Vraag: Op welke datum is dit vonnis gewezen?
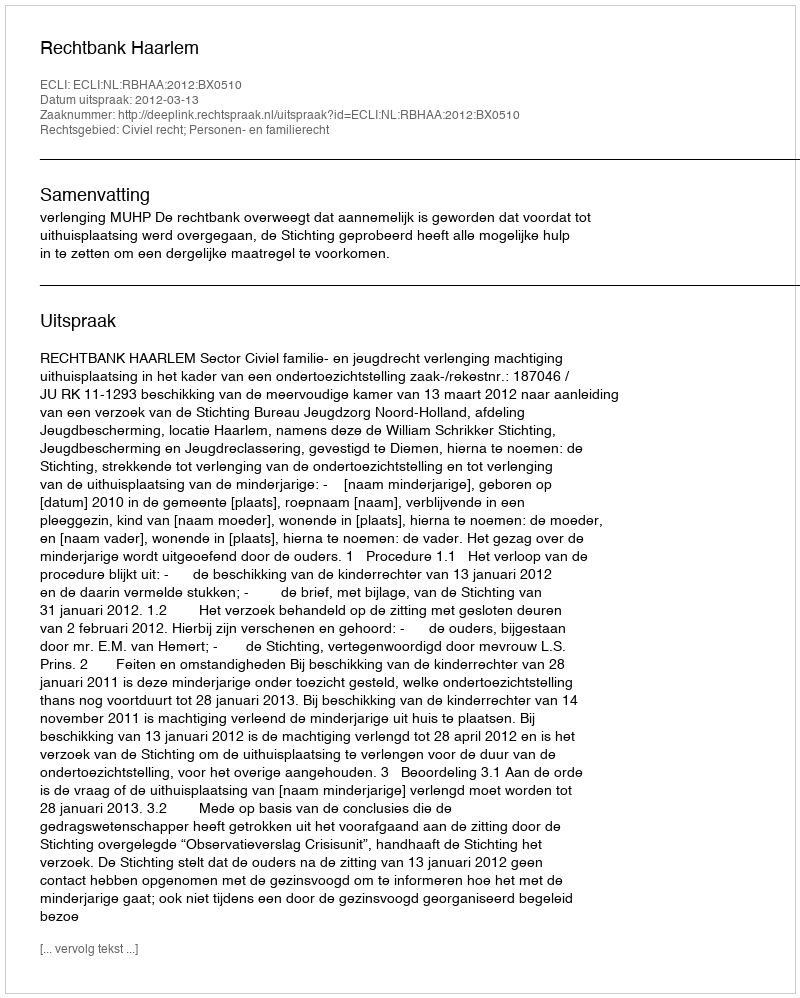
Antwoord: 2012-03-13